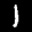
Label: 1